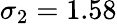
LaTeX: \sigma_{2}=1.58